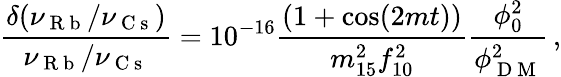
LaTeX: \frac{\delta(\nu_{\mathrm{~R~b~}}/\nu_{\mathrm{~C~s~}})}{\nu_{\mathrm{~R~b~}}/\nu_{\mathrm{~C~s~}}}=10^{-16}\frac{(1+\cos(2mt))}{m_{15}^{2}f_{10}^{2}}\frac{\phi_{0}^{2}}{\phi_{\mathrm{~D~M~}}^{2}}\, ,